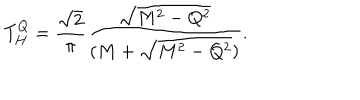
T _ { H } ^ { Q } = { \frac { \sqrt 2 } { \pi } } { \frac { \sqrt { M ^ { 2 } - Q ^ { 2 } } } { ( M + \sqrt { M ^ { 2 } - Q ^ { 2 } } ) } } .